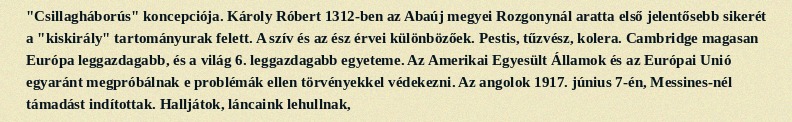
"Csillagháborús" koncepciója. Károly Róbert 1312-ben az Abaúj megyei Rozgonynál aratta első jelentősebb sikerét a "kiskirály" tartományurak felett. A szív és az ész érvei különbözőek. Pestis, tűzvész, kolera. Cambridge magasan Európa leggazdagabb, és a világ 6. leggazdagabb egyeteme. Az Amerikai Egyesült Államok és az Európai Unió egyaránt megpróbálnak e problémák ellen törvényekkel védekezni. Az angolok 1917. június 7-én, Messines-nél támadást indítottak. Halljátok, láncaink lehullnak,